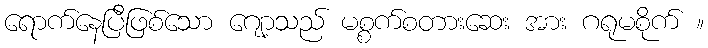
ရောက်နေပြီဖြစ်သော ဂျော့သည် မစ္စက်စတားဆေး အား ဂရုမစိုက် ။